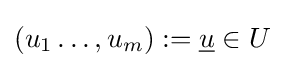
(u_{1}\ldots ,u_{m}):={\underline {u}}\in U